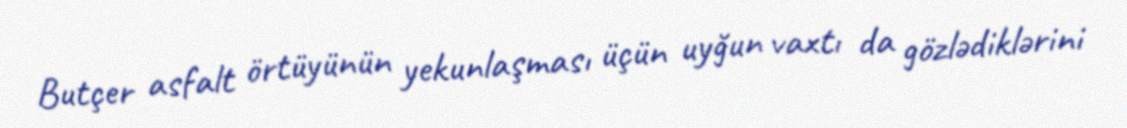
Butçer asfalt örtüyünün yekunlaşması üçün uyğun vaxtı da gözlədiklərini